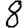
Digit: 8